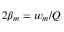
2 \beta _ { m } = w _ { m } / Q